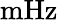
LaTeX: \mathrm{mHz}